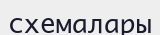
схемалары